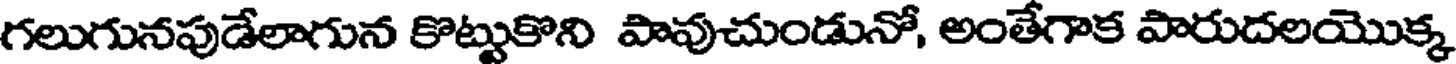
గలుగునపుడేలాగున కొట్టుకొని పావుచుండునో, అంతేగాక పారుదలయొక్క